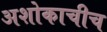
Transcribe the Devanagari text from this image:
अशोकाचीच